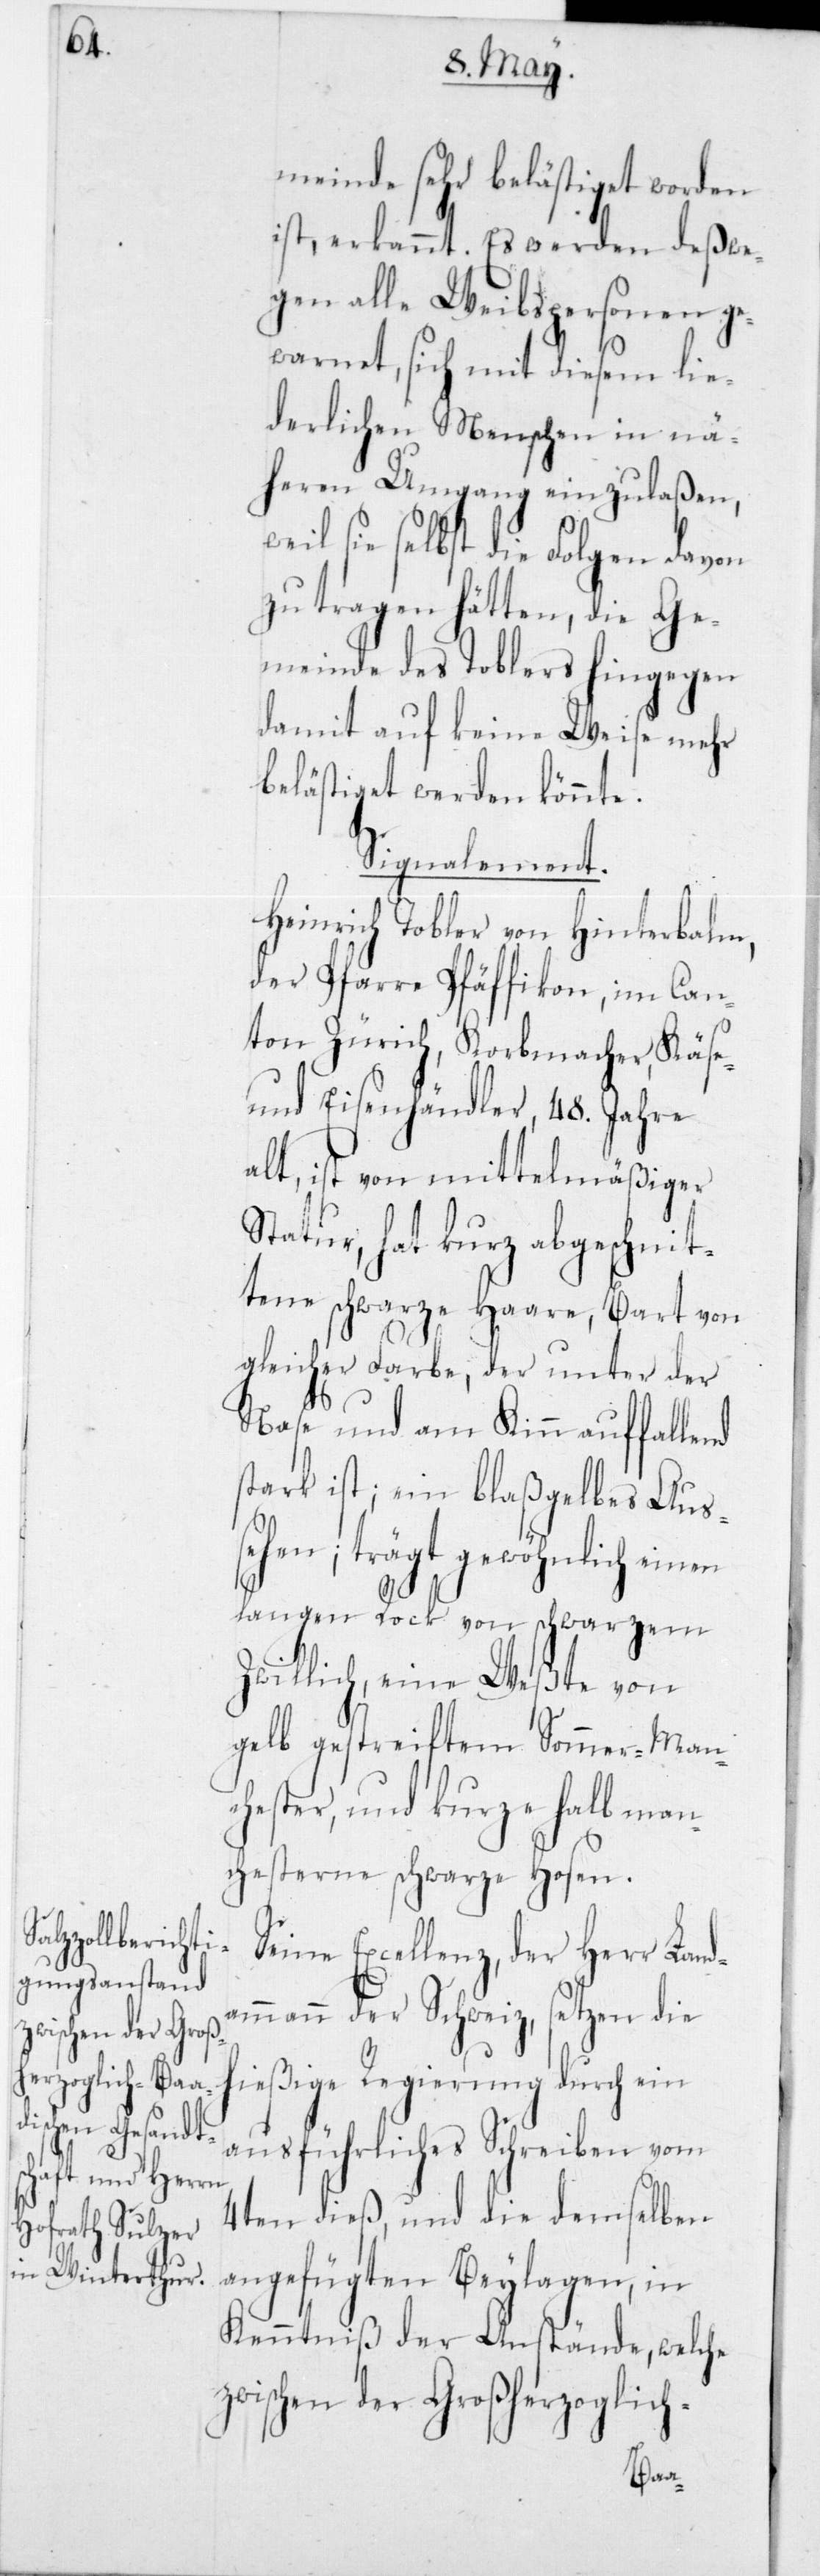
meinde sehr belästiget worden
ist, erkannt. Es werden deßwe¬
gen alle Weibspersonen ge¬
warnet, sich mit diesem lie¬
derlichen Menschen in nä¬
heren Umgang einzulaßen,
weil sie selbst die Folgen davon
zu tragen hätten, die Ge¬
meinde des Toblers hingegen
damit auf keine Weise mehr
belästiget werden könnte.
Signalement.
Heinrich Tobler von Hinterbalm,
der Pfarre Pfäffikon, im Can¬
ton Zürich, Korbmacher, Käse-
und Eisenhändler, 48 Jahre
alt, ist von mittelmäßiger
Statur, hat kurz abgeschnit¬
tene schwarze Haare, Bart von
gleicher Farbe, der unter der
Nase und am Kinn auffallend
stark ist, ein blaßgelbes Aus¬
sehen; trägt gewöhnlich einen
langen Rock von schwarzem
Zwillich, eine Weßte von
gelb gestreiftem Sommer-Man¬
chester, und kurze halbmanc¬
hesterne schwarze Hosen.
Seine Excellenz, der Herr Land¬
ammann der Schweiz, setzen die
hießige Regierung durch ein
ausführliches Schreiben vom
4ten dieß, und die demselben
angefügten Beylagen, in
Kenntniß der Anstände, welche
zwischen der Großherzoglich-